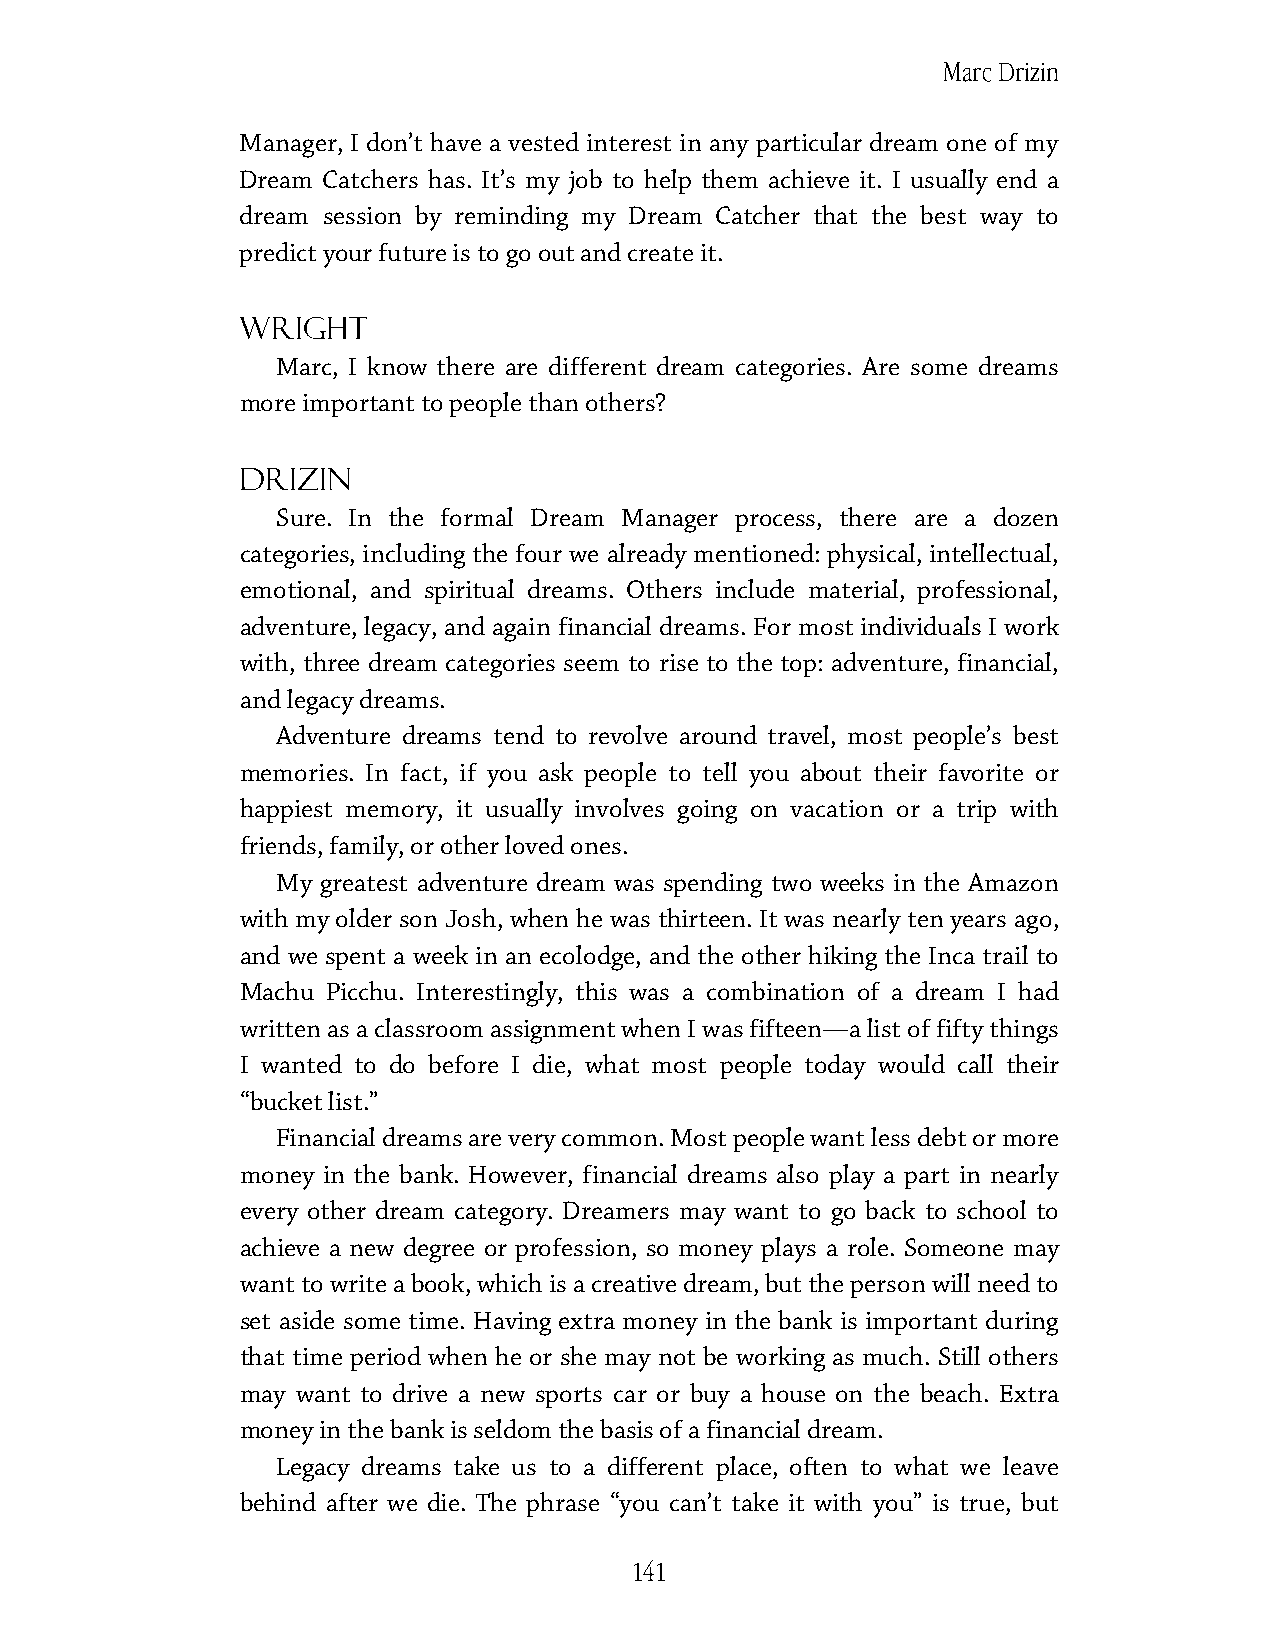
Marc Drizin
 Manager, I don’t have a vested interest in any particular dream one of my
 Dream Catchers has. It’s my job to help them achieve it. I usually end a
 dream session by reminding my Dream Catcher that the best way to
 predict your future is to go out and create it.
 Wright
 Marc, I know there are different dream categories. Are some dreams
 more important to people than others?
 Drizin
 Sure. In the formal Dream Manager process, there are a dozen
 categories, including the four we already mentioned: physical, intellectual,
 emotional, and spiritual dreams. Others include material, professional,
 adventure, legacy, and again financial dreams. For most individuals I work
 with, three dream categories seem to rise to the top: adventure, financial,
 and legacy dreams.
 Adventure dreams tend to revolve around travel, most people’s best
 memories. In fact, if you ask people to tell you about their favorite or
 happiest memory, it usually involves going on vacation or a trip with
 friends, family, or other loved ones.
 My greatest adventure dream was spending two weeks in the Amazon
 with my older son Josh, when he was thirteen. It was nearly ten years ago,
 and we spent a week in an ecolodge, and the other hiking the Inca trail to
 Machu Picchu. Interestingly, this was a combination of a dream I had
 written as a classroom assignment when I was fifteen—a list of fifty things
 I wanted to do before I die, what most people today would call their
 “bucket list.”
 Financial dreams are very common. Most people want less debt or more
 money in the bank. However, financial dreams also play a part in nearly
 every other dream category. Dreamers may want to go back to school to
 achieve a new degree or profession, so money plays a role. Someone may
 want to write a book, which is a creative dream, but the person will need to
 set aside some time. Having extra money in the bank is important during
 that time period when he or she may not be working as much. Still others
 may want to drive a new sports car or buy a house on the beach. Extra
 money in the bank is seldom the basis of a financial dream.
 Legacy dreams take us to a different place, often to what we leave
 behind after we die. The phrase “you can’t take it with you” is true, but
 141